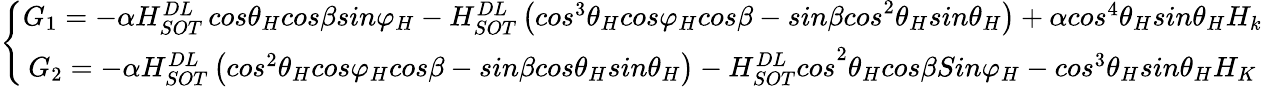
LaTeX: \left\{ \begin{array}{c}{G_{1}=-\alpha H_{{SOT\ }}^{DL}cos{\theta}_{H}cos\beta sin{\varphi}_{H}-H_{SOT}^{DL}\left({cos}^{3}{\theta}_{H}cos{\varphi}_{H}cos\beta-{sin\beta cos}^{2}{\theta}_{H}sin{\theta}_{H}\right)+{\alpha cos}^{4}{\theta}_{H}sin{\theta}_{H}H_{k{\ }}}\\ {{G_{2}=-\alpha H_{SOT}^{DL}\left({cos}^{2}{\theta}_{H}cos{\varphi}_{H}cos\beta-sin\beta cos{\theta}_{H}sin{\theta}_{H}\right)-H_{SOT}^{DL}cos}^{2}{\theta}_{H}cos\beta Sin{\varphi}_{H}-{cos}^{3}{\theta}_{H}sin{\theta}_{H}H_{K{\ }}}\end{array}\right.